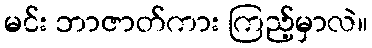
မင်း ဘာဇာတ်ကား ကြည့်မှာလဲ။